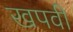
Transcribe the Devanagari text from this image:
खपवी